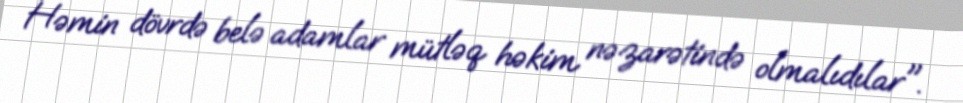
Həmin dövrdə belə adamlar mütləq həkim nəzarətində olmalıdılar".